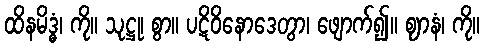
ထိနမိဒ္ဓံ၊ ကို။ သုဋ္ဌု၊ စွာ။ ပဋိဝိနောဒေတွာ၊ ဖျောက်၍။ ဈာနံ၊ ကို။